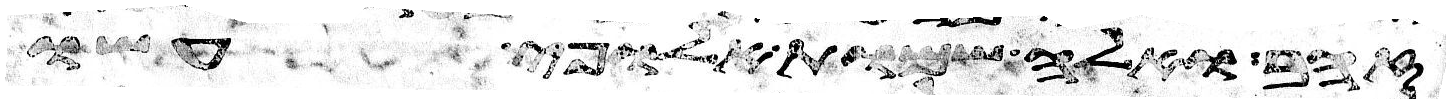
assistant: זהב ואלה שמות אלופי עשו